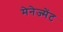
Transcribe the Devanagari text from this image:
मेनेज्मेंट